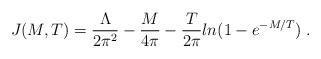
LaTeX: \begin{align*}J(M,T) = \frac{\Lambda}{2\pi^2} - \frac{M}{4\pi}-\frac{T}{2\pi}ln(1-e^{-M/T})\;.\end{align*}